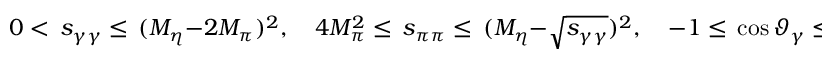
0 < \, s _ { \gamma \gamma } \leq \, ( M _ { \eta } - 2 M _ { \pi } ) ^ { 2 } , \quad 4 M _ { \pi } ^ { 2 } \leq \, s _ { \pi \pi } \leq \, ( M _ { \eta } - \sqrt { s _ { \gamma \gamma } } ) ^ { 2 } , \quad - 1 \leq \, \cos \vartheta _ { \gamma } \leq 1 \, .